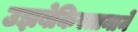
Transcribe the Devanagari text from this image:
उझबेकिस्तानाने